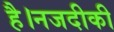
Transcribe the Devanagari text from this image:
है।नजदीकी